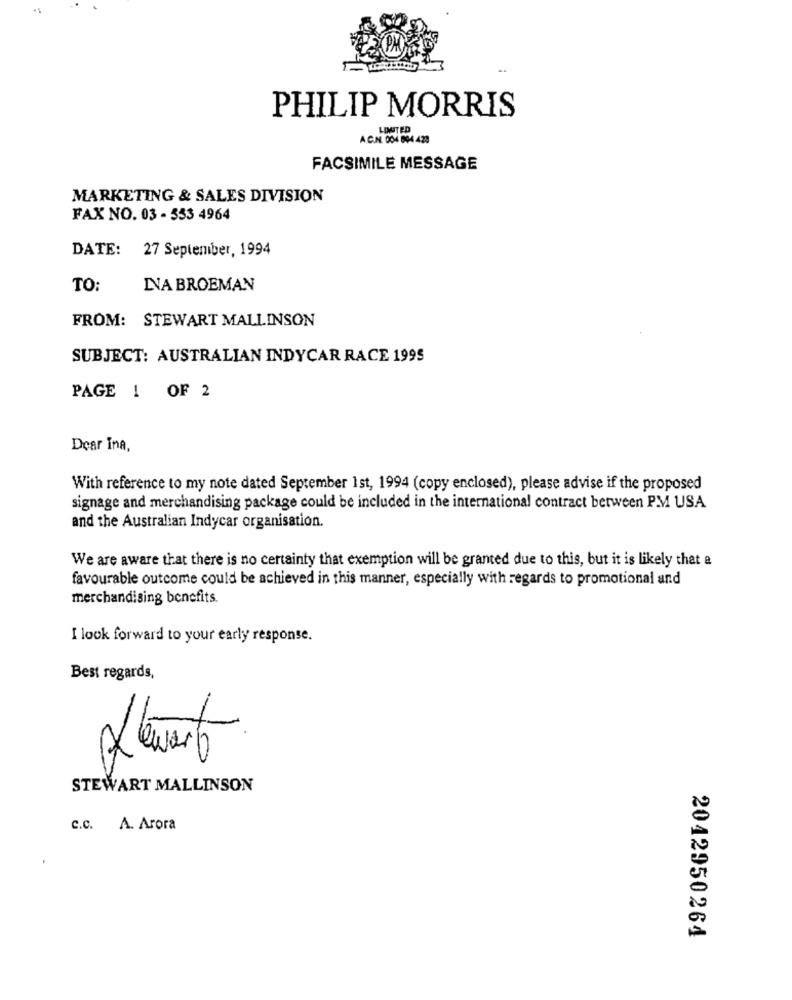
PHILIP MORRIS
LIMITED
A.C.N. 004 804 428
FACSIMILE MESSAGE
MARKETING & SALES DIVISION
FAX NO. 03 - 333 4964
DATE:
27 September, 1994
TO:
NA BROEMAN
FROM: STEWART MALLINSON
SUBJECT: AUSTRALIAN INDYCAR RACE 1995
PAGE 1 OF 2
Dear Ina,
With reference to my note dated September 1st, 1994 (copy enclosed), please advise if the proposed
signage and merchandising package could be included in the international contract between PM USA
and the Australian Indycar organisation.
We are aware that there is no certainty that exemption will be granted due to this, but it is likely that a
favourable outcome could be achieved in this manner, especially with regards to promotional and
merchandising benefits.
I look forward to your early response.
Best regards,
STEWART MALLINSON
c.c. A. Arora
2042950264